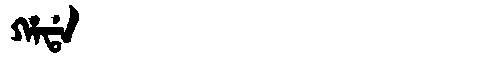
Manchu: ᡥᠠᡩᠠ
Romanization: HADA